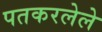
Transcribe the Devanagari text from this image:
पतकरलेले